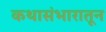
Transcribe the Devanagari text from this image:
कथासंभारातून